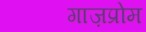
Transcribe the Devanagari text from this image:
गाज़प्रोम